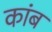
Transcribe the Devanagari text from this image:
कांब